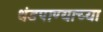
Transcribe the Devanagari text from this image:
थंडपाण्याच्या